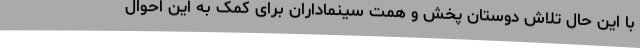
با این حال تلاش دوستان پخش و همت سینماداران برای کمک به این احوال